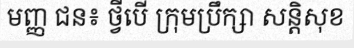
មញ្ញ ជន៖ ថ្វីបើ ក្រុមប្រឹក្សា សន្តិសុខ